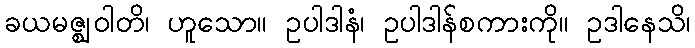
ခယမဇ္ဈဝါတိ၊ ဟူသော။ ဥပါဒါနံ၊ ဥပါဒါန်စကားကို။ ဥဒါနေသိ၊